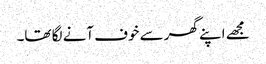
مجھے اپنے گھر سے خوف آنے لگا تھا۔